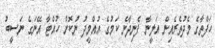
ހަފްތާގެ މެދުތެރެއިން އަލީނާ ފެނިދާނެ ކަމުގެ އުއްމީދު ނުކޮށް ހުއްޓާ އޭނަގެ ނަސީބު